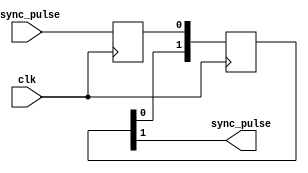
module PulseSynchronizer(
    input wire async_pulse,
    input wire clk,
    output reg sync_pulse
);

reg async_pulse_d;
reg [1:0] sync_pulse_d;

always @ (posedge clk) begin
    async_pulse_d <= async_pulse;
    sync_pulse_d <= {sync_pulse_d[0], async_pulse_d};
end

assign sync_pulse = sync_pulse_d[1];

endmodule